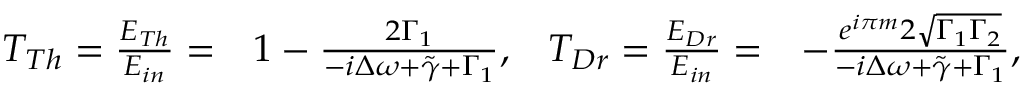
\begin{array} { r l r l } { T _ { T h } = \frac { E _ { T h } } { E _ { i n } } = } & { 1 - \frac { 2 \Gamma _ { 1 } } { - i \Delta \omega + \tilde { \gamma } + \Gamma _ { 1 } } , } & { T _ { D r } = \frac { E _ { D r } } { E _ { i n } } = } & { - \frac { e ^ { i \pi m } 2 \sqrt { \Gamma _ { 1 } \Gamma _ { 2 } } } { - i \Delta \omega + \tilde { \gamma } + \Gamma _ { 1 } } , } \end{array}